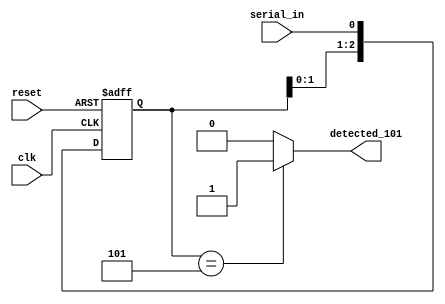
// This program was cloned from: https://github.com/FPGADude/Digital-Design
// License: GNU General Public License v3.0

`timescale 1ns / 1ps

module seq_det_101(
    input clk,
    input reset,
    input serial_in,
    output detected_101
    );
    
    reg [2:0] seq_reg;
    
    always @(posedge clk or posedge reset) begin
        if(reset)
            seq_reg <= 0;
        else
            seq_reg <= {seq_reg[1:0], serial_in};
    end
    
    assign detected_101 = (seq_reg == 3'b101) ? 1 : 0;
    
endmodule